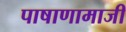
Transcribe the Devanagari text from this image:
पाषाणामाजी